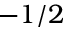
- 1 / 2